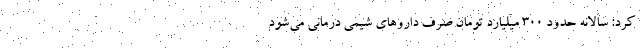
کرد: سالانه حدود ۳۰۰ میلیارد تومان صرف داروهای شیمی درمانی می‌شود